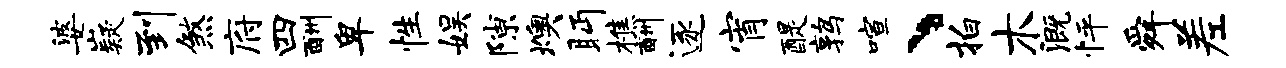
婆嶷到煞府四酬卑性娱隙燠眄樵酬逐宵醍鹑喧、拍木溉怦舜差